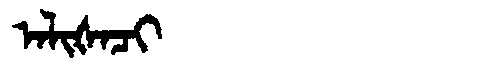
Manchu: ᠠᠯᡳᡧᠠᠴᡳ
Romanization: ALIŠACI